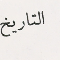
التاريخ